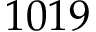
1 0 1 9